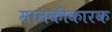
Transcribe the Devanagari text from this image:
मानकीकारक